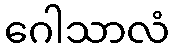
ဂေါသာလံ